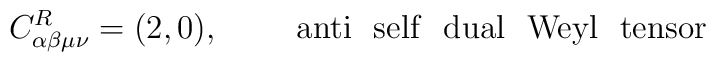
C^{R}_{\alpha \beta \mu \nu} =(2,0),~~~~~~~ {\rm anti~~ self~~ dual~~ Weyl~~ tensor}